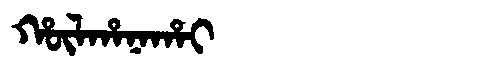
Manchu: ᡥᡡᠯᡥᠠᠨᠠᡥᠠᡳ
Romanization: HŪLHANAHAI